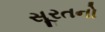
સૂરતનો